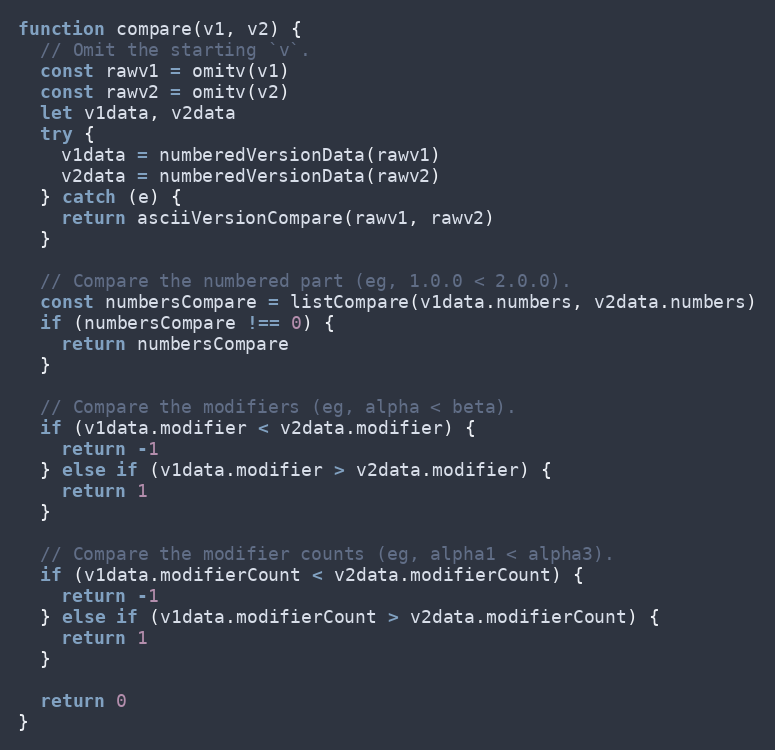
Language: JavaScript
function compare(v1, v2) {
  // Omit the starting `v`.
  const rawv1 = omitv(v1)
  const rawv2 = omitv(v2)
  let v1data, v2data
  try {
    v1data = numberedVersionData(rawv1)
    v2data = numberedVersionData(rawv2)
  } catch (e) {
    return asciiVersionCompare(rawv1, rawv2)
  }

  // Compare the numbered part (eg, 1.0.0 < 2.0.0).
  const numbersCompare = listCompare(v1data.numbers, v2data.numbers)
  if (numbersCompare !== 0) {
    return numbersCompare
  }

  // Compare the modifiers (eg, alpha < beta).
  if (v1data.modifier < v2data.modifier) {
    return -1
  } else if (v1data.modifier > v2data.modifier) {
    return 1
  }

  // Compare the modifier counts (eg, alpha1 < alpha3).
  if (v1data.modifierCount < v2data.modifierCount) {
    return -1
  } else if (v1data.modifierCount > v2data.modifierCount) {
    return 1
  }

  return 0
}